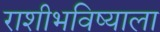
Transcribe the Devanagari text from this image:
राशीभविष्याला